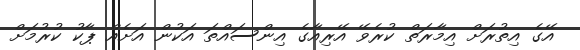
އޭގެ އިިތުރަށް އިމާރަތް ކުރެވޭ އޭރިއާގެ އިންސައްތަ އަކުން އަށެއް ޕާކު ކުރުމަށް